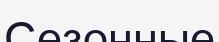
Сезонные